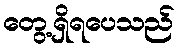
တွေ့ရှိရပေသည်